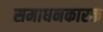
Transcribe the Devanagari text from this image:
समाधनकारक